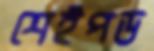
শেইপড